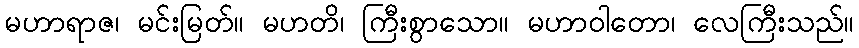
မဟာရာဇ၊ မင်းမြတ်။ မဟတိ၊ ကြီးစွာသော။ မဟာဝါတော၊ လေကြီးသည်။